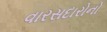
વારસદારોનો